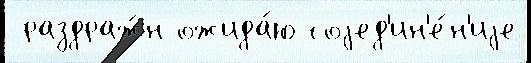
 раздраж́н ожида́ю соjед'ин'е́н'иjе